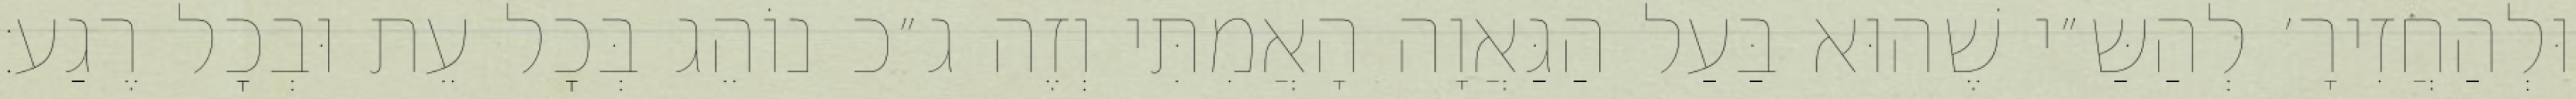
וּלְהַחֲזִירָ׳ לְהַשַּ״י שֶׁהוּא בַּעַל הַגַּאֲוָה הָאֲמִתִּי וְזֶה ג״כ נוֹהֵג בְּכׇל עֵת וּבְכׇל רֶגַע: